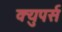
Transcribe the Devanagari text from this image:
क्युपर्स